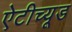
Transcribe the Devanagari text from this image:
ऐटीच्यूड